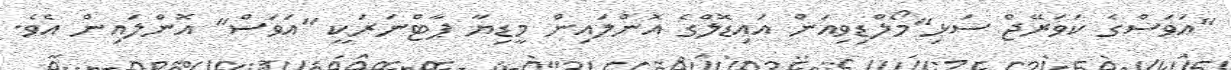
"އަވަސްގެ ކަވަރޭޖް ސަޅި"މޯލްޑިވިއަން އައިޑޮލްގެ އޮންލައިން މީޑިޔާ ޕާޓްނަރަކީ "އަވަސް" އޮންލައިން އެވެ.